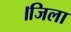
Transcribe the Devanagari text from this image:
।जिला